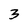
Character: 3